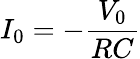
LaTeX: I_{0}=-\frac{V_{0}}{RC}